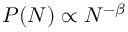
P ( N ) \propto N ^ { - \beta }